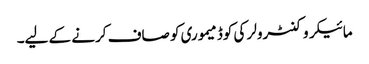
مائیکروکنٹرولر کی کوڈ میموری کو صاف کرنے کے لیے۔